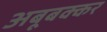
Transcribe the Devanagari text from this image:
अबूबक्कर